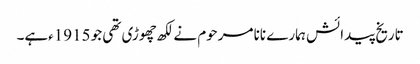
تاریخ پیدائش ہمارے نانا مرحوم نے لکھ چھوڑی تھی جو 1915ءہے۔